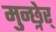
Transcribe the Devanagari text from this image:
मुन्छ्नेर्